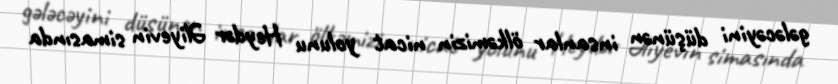
gələcəyini düşünən insanlar ölkəmizin nicat yolunu Heydər Əliyevin simasında